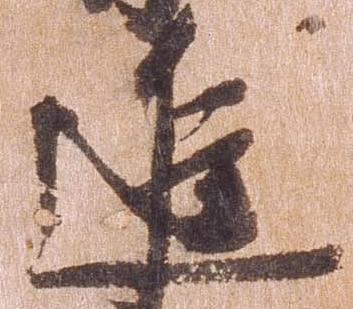
進